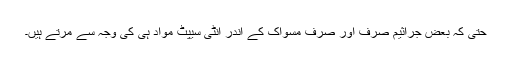
حتیٰ کہ بعض جراثیم صرف اور صرف مسواک کے اندر انٹی سیپٹ مواد ہی کی وجہ سے مرتے ہیں۔